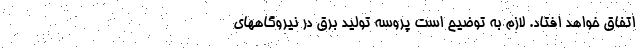
اتفاق خواهد افتاد. لازم به توضیح است پروسه تولید برق در نیروگاههای